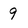
Character: 9